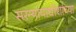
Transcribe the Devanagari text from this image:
सरन्यायाधीशांच्या